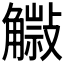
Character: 𧤿